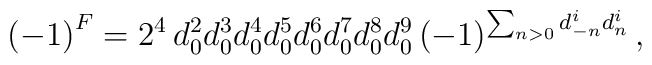
\left( -1\right)^F = 2^4\, d_0 ^2 d_0^3 d_0 ^4 d_0 ^5 d_0 ^6 d_0 ^7 d_0 ^8d_0 ^9 \left( -1\right)^{\sum_{n>0}d^i _{-n}d^i_n} ,